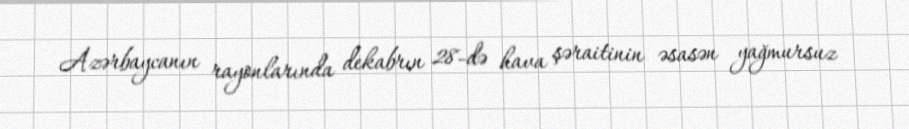
Azərbaycanın rayonlarında dekabrın 28-də hava şəraitinin əsasən yağmursuz